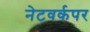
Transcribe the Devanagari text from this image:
नेटवर्कपर